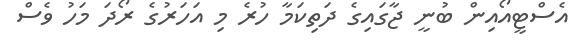
އެސްޓީއޯއިން ބުނީ ޖާގައިގެ ދަތިކަމާ ހުރެ މި އަހަރުގެ ރޯދަ މަހު ވެސް